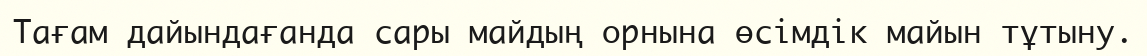
Тағам дайындағанда сары майдың орнына өсімдік майын тұтыну.